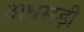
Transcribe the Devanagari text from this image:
अधसड़ी